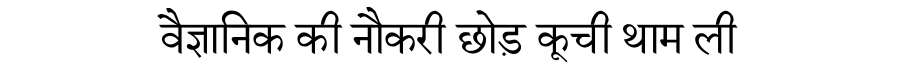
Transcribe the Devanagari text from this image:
वैज्ञानिक की नौकरी छोड़ कूची थाम ली